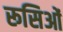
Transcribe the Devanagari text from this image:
रूसिओं